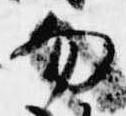
勿